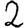
Digit: 2